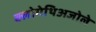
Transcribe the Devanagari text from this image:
क्लोमेथिअजोले